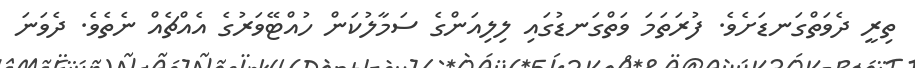
ތިރީ ދެވަތްގަނޑަށެވެ. ފުރަތަމަ ވަތްގަނޑުގައި ލިލިއަންގެ ސަމާލުކަން ހުއްޓޭވަރުގެ އެއްޗެއް ނެތެވެ. ދެވަނަ